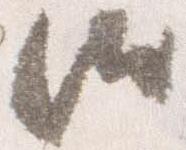
汰